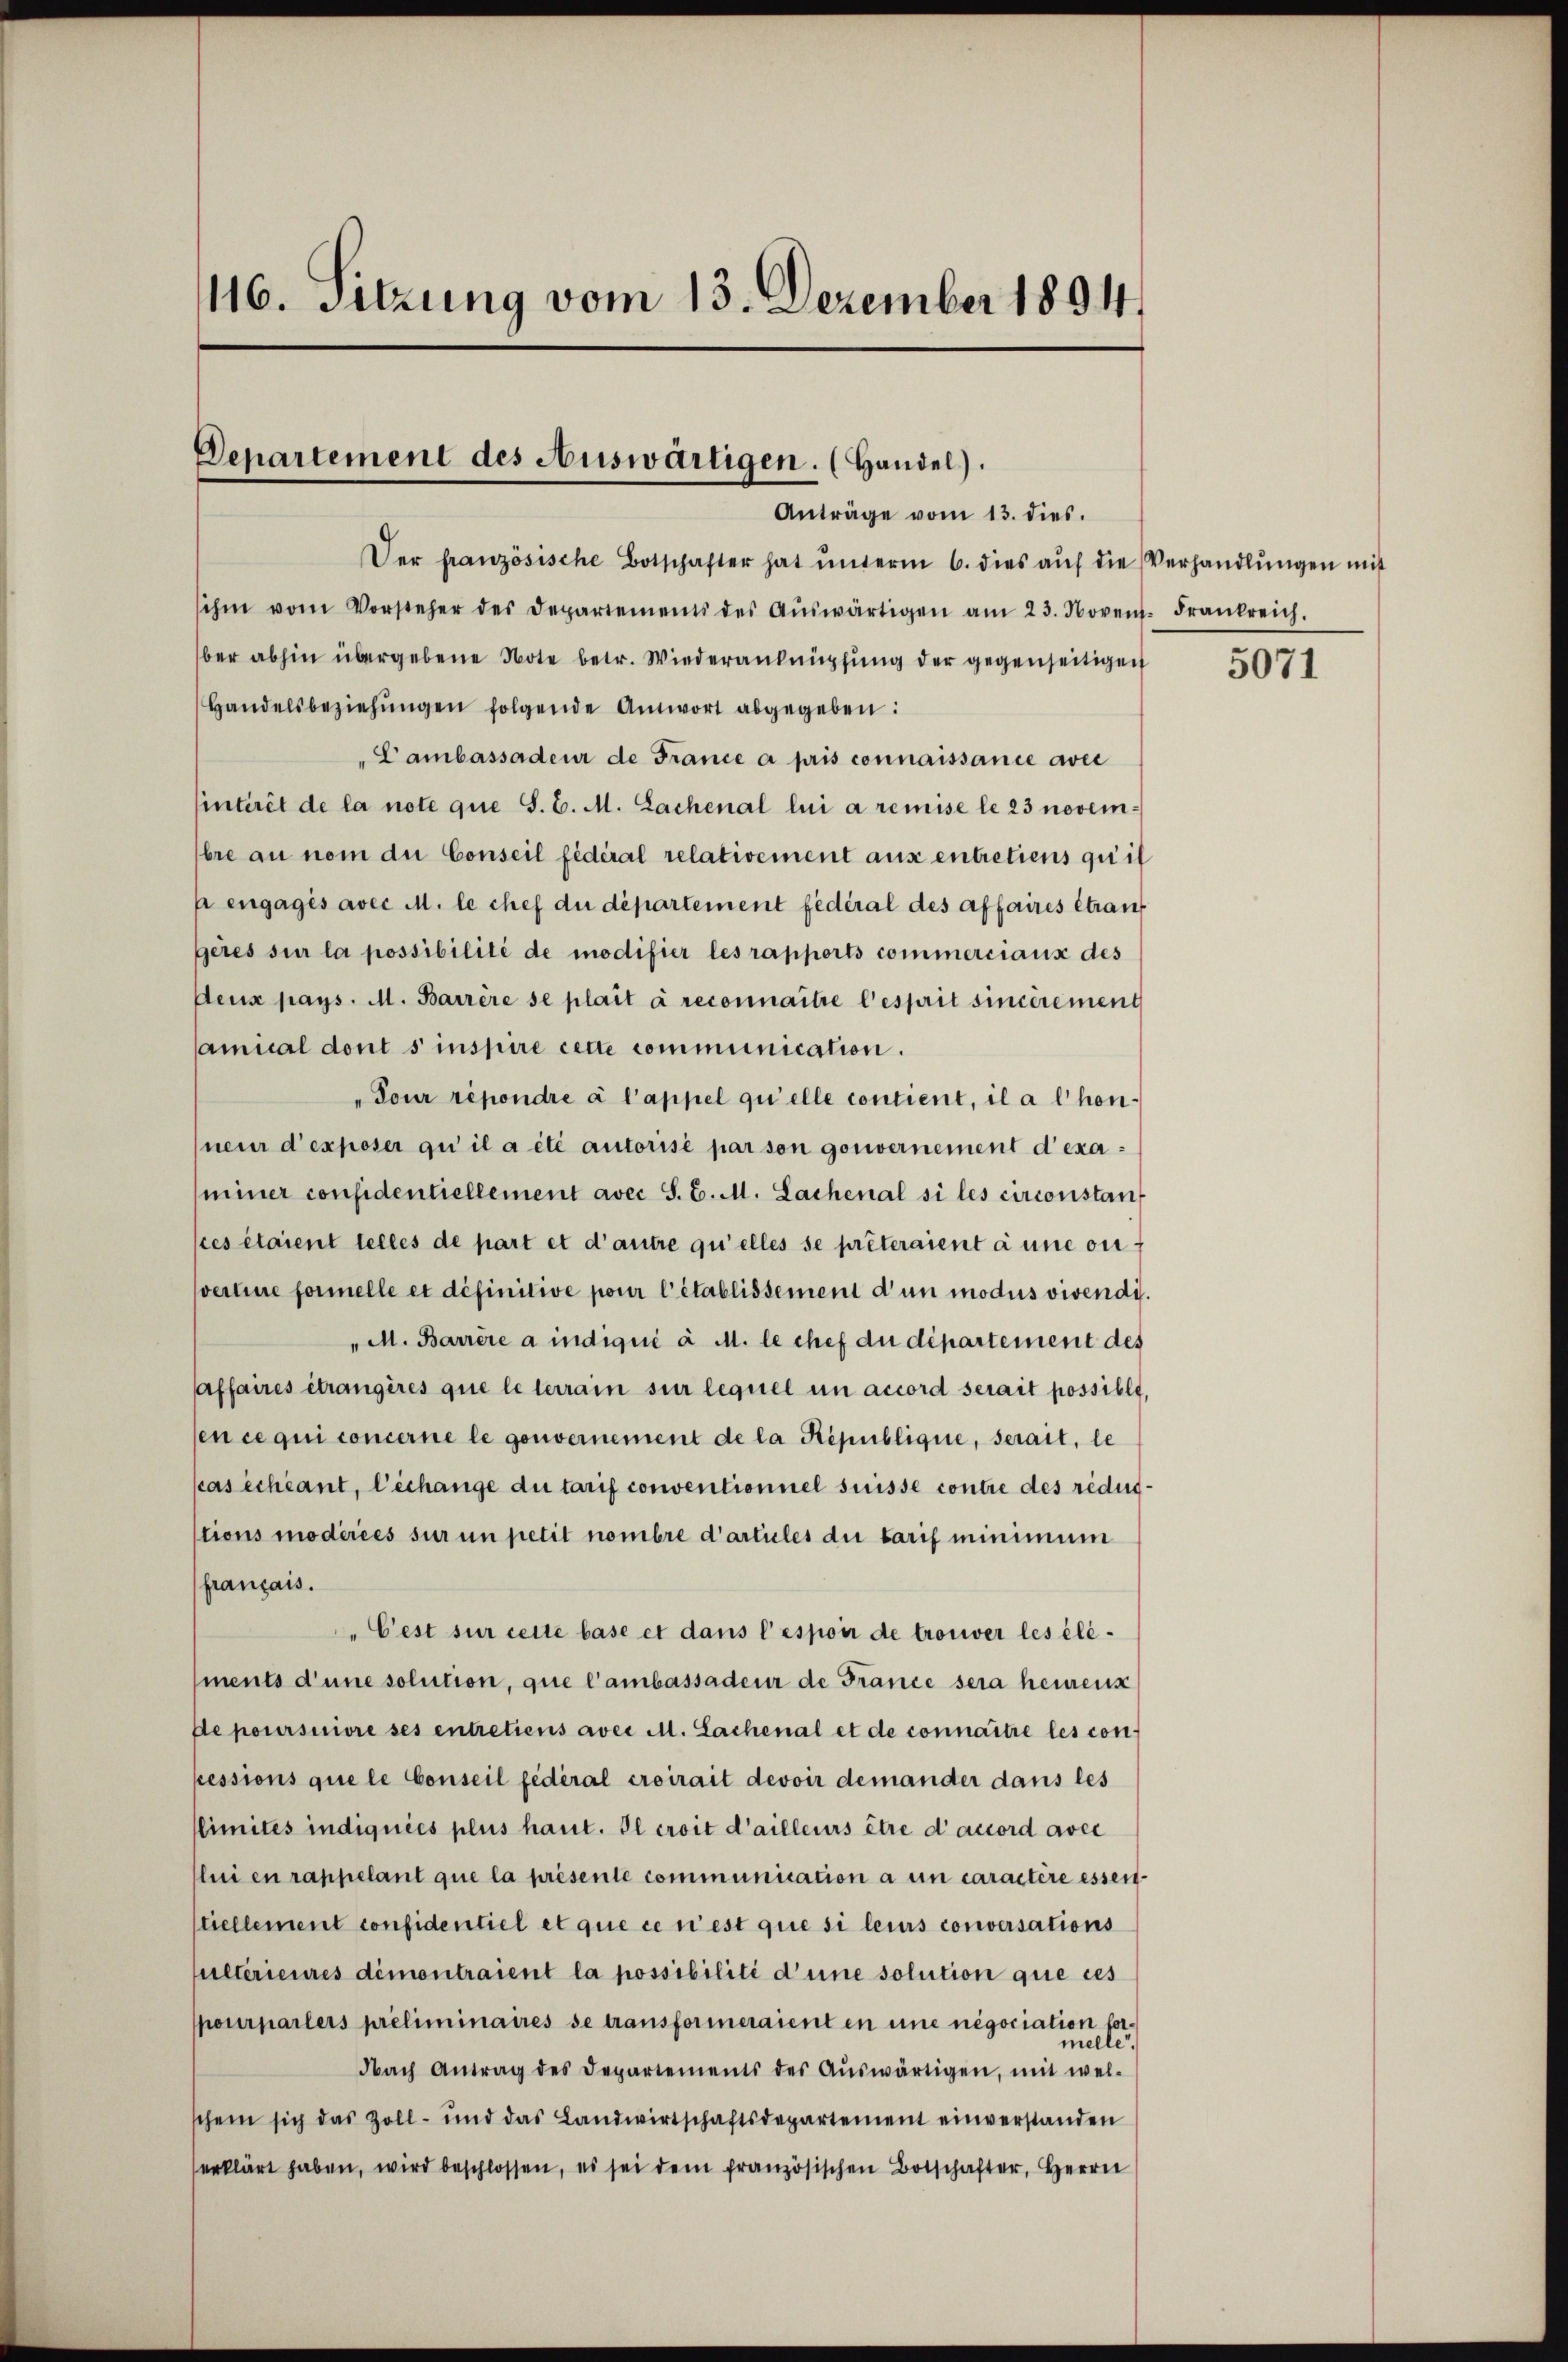
116. Sitzung vom 13. Dezember 1894.

Departement des Auswärtigen. (Handel).
Anträge vom 13. dies.

Der französische Botschafter hat ŭnterm 6. dies aŭf die Verhandlŭngen mit
sihe vom Vorsteher des Departements des Aŭswärtigen am 23. Novent. Frankreich.
ber abhin übergebene Note betr. Wiederanknüpfung der gegenseitigen
Handelsbeziehŭngen folgende Antwort abgegeben:
Cambassadeur de France a pris connaissance avec
sintérêt de la note que S. C. M. Lachenal lui a remise le 23 novembre an nom du Conseil fédéral relativement aus entretiens quit
p engagés avec M. le chef du département fédéral des affaires Strauf
geres sur la possibilité de modifier les rapports commerciaux des
deux pays. M. Barrère se plait à reconnaitre l’esprit sincèrement
samical dont sinspire cette communication.
"Tour répondre à l’appel qu’elle contient, il a l hon
neur d’exposer qui il a été autorisé par son gouvernement d’examiner considentiellement avec S. C. M. Lachenal si les circonstances étaient telles de part et d’autre qu’elles se prêteraient à une ou f
svertine formelle et définitive pour l’établissement d’un modus vivendi¬
"M. Barrere a indiqué à M. le chef du département des
Affaires étrangères que le terrain sur lequel in accord serait possible.
sen ce qui concerne le gouvernement de la République, serait, le
cas échéant, l’échange du tarif conventionnel suisse contre des redugtions modérées sur un petit nombre d’articles die tarif minimum
français.
"Cest sur cette base et dans l’esponi de trouver les élé-
ments d’une solution, que l’ambassadeur de France sera heurenz
de poursuivre ses entretiens avec M. Lachenal et de connaître les con-
pessions que le Conseil fédéral croirait devoir demander dans les
limites indiquées plus haut. Il croit d’ailleurs être d’accord avec
lui en rappelant que la présente communication à un caractère essen-
tiellement confidentiel et que ce n’est que si leurs conversations
pultérieures demontraient la possibilité d’une solution que ces
pourparlers préliminaires se transformeraient en une negociation fer
dbach Antrag des Departements des Aŭswärtigen, mit wel-
schein sich das Zoll- und das Landwirtschaftsdepartement einverstanden
erklärt haben, wird beschlossen, es sei dem französischen Botschafter, Herrn

5071